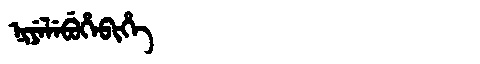
Manchu: ᠨᡳᠶᡝᠯᡝᠪᡠᡥᡝᠪᡳᡥᡝ
Romanization: NIYELEBUHEBIHE